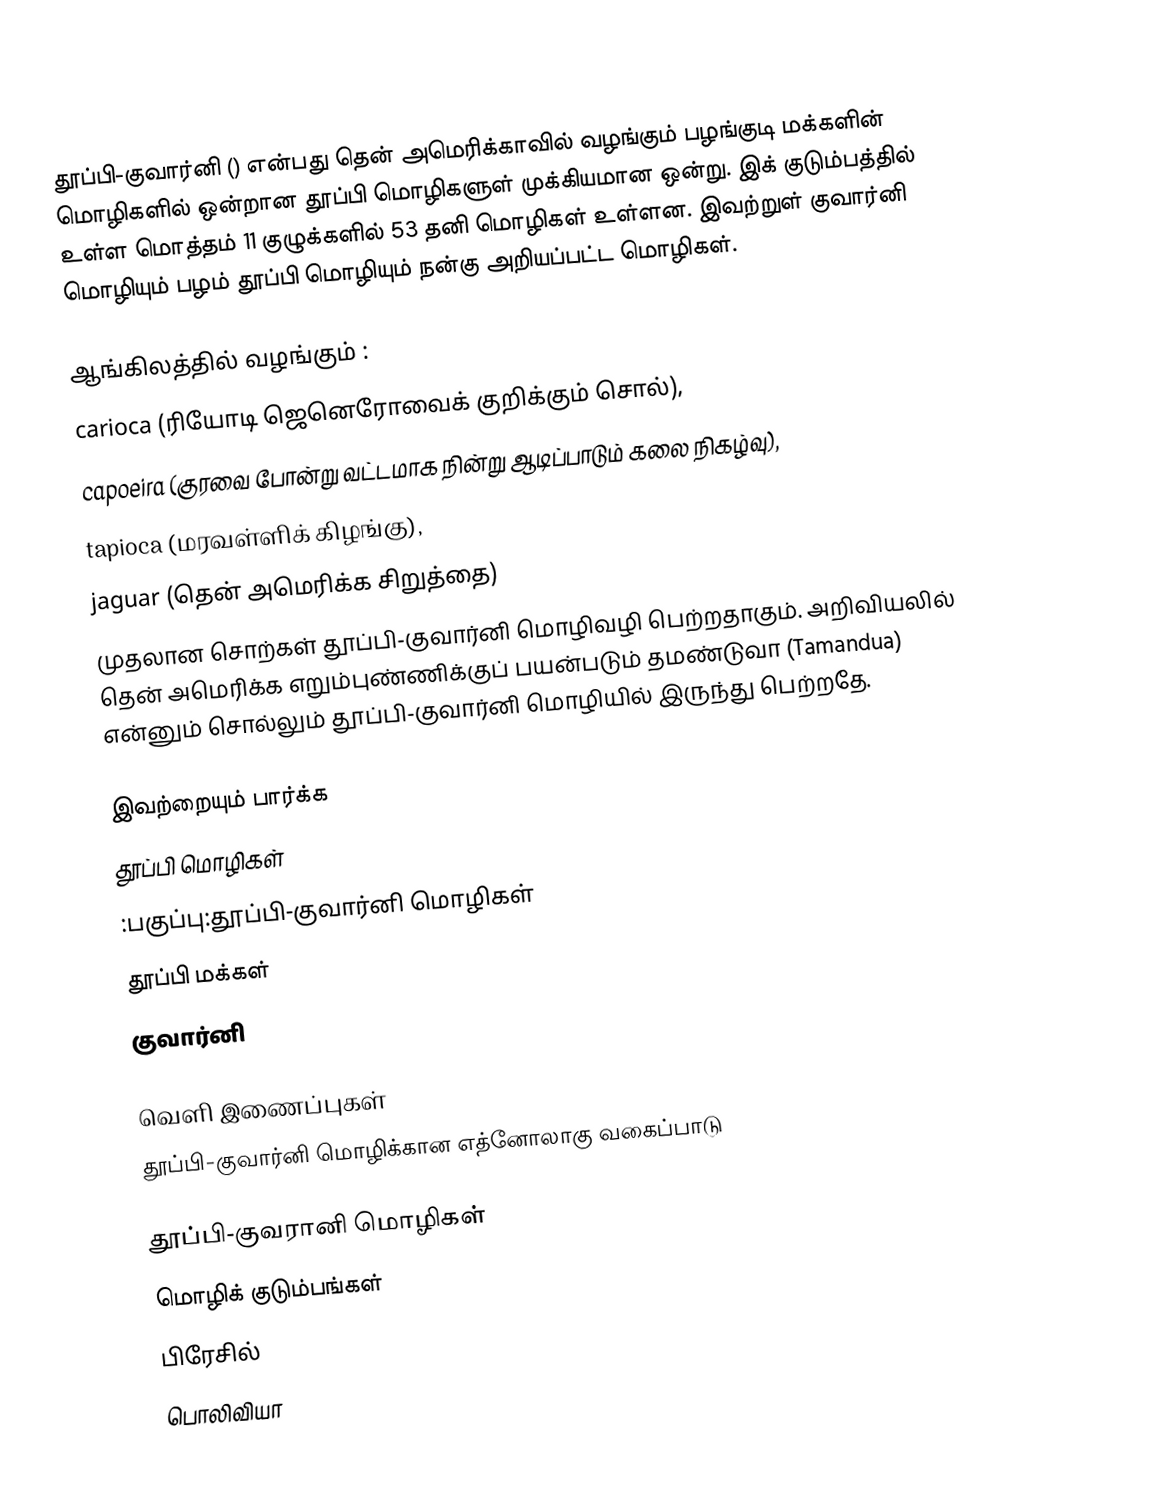
தூப்பி-குவார்னி () என்பது தென் அமெரிக்காவில் வழங்கும் பழங்குடி மக்களின் மொழிகளில் ஒன்றான தூப்பி மொழிகளுள் முக்கியமான ஒன்று. இக் குடும்பத்தில் உள்ள மொத்தம் 11 குழுக்களில் 53 தனி மொழிகள் உள்ளன. இவற்றுள் குவார்னி மொழியும் பழம் தூப்பி மொழியும் நன்கு அறியப்பட்ட மொழிகள்.

ஆங்கிலத்தில் வழங்கும் :
 carioca (ரியோடி ஜெனெரோவைக் குறிக்கும் சொல்),
 capoeira (குரவை போன்று வட்டமாக நின்று ஆடிப்பாடும் கலை நிகழ்வு),
 tapioca (மரவள்ளிக் கிழங்கு),
 jaguar (தென் அமெரிக்க சிறுத்தை)
முதலான சொற்கள் தூப்பி-குவார்னி மொழிவழி பெற்றதாகும். அறிவியலில் தென் அமெரிக்க எறும்புண்ணிக்குப் பயன்படும் தமண்டுவா (Tamandua) என்னும் சொல்லும் தூப்பி-குவார்னி மொழியில் இருந்து பெற்றதே.

இவற்றையும் பார்க்க
 தூப்பி மொழிகள்
 :பகுப்பு:தூப்பி-குவார்னி மொழிகள்
 தூப்பி மக்கள்
 குவார்னி

வெளி இணைப்புகள்
 தூப்பி-குவார்னி மொழிக்கான எத்னோலாகு வகைப்பாடு

தூப்பி-குவரானி மொழிகள்
மொழிக் குடும்பங்கள்
பிரேசில்
பொலிவியா